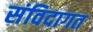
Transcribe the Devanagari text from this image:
संविदागत